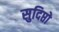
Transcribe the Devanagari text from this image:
सुदिप्तो